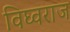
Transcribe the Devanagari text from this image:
विघ्वराज